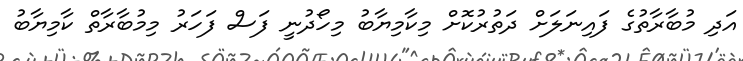
އަދި މުބާރާތުގެ ފައިނަލަށް ދަތުރުކޮށް މިކާމިޔާބު މިހޯދުނީ ފަސް ފަހަރު މިމުބާރާތް ކާމިޔާބު